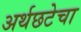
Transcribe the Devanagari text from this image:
अर्थछटेचा